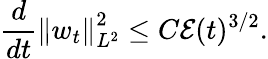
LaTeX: \frac{d}{dt}\left\| w_{t}\right\| _{L^{2}}^{2}\leq C\mathcal{E}(t)^{3/2}.